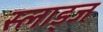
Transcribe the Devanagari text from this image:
स्लाड्ज